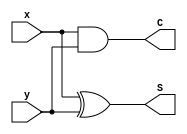
module halfAdder_gate(S, C, x, y);
  input x, y;
  output S, C;
  xor g1(S, x, y);
  and g2(C, x, y);
endmodule

module fullAdder_gate(S, C, x, y, z);
  input x, y, z;
  output S, C;
  wire S1, D1, D2;
  halfAdder_gate  HA1(S1, D1, x, y),
                  HA2(S, D2, S1, z);
  or g1(C, D1, D2);
endmodule

module _4bit_Adder_gate(S, C4, A, B, C0);
  input [3:0] A, B;
  input C0;
  output [3:0] S;
  output C4;
  wire C1, C2, C3;
  fullAdder_gate  FA1(S[0], C1, A[0], B[0], C0),
                  FA2(S[1], C2, A[1], B[1], C1),
                  FA3(S[2], C3, A[2], B[2], C2),
                  FA4(S[3], C4, A[3], B[3], C3);
endmodule

module _4bit_Adder_Sub_gate(Sum, Carry, Overflow, A, B, Select);
  input [3:0] A, B;
  input Select;
  output [3:0] Sum;
  output Carry, Overflow;
  wire C1, C2, C3;
  wire [3:0] D;
  xor 
      g1(D[0], B[0], Select),
      g2(D[1], B[1], Select),
      g3(D[2], B[2], Select),
      g4(D[3], B[3], Select);
  fullAdder_gate  FA1(Sum[0], C1, A[0], D[0], Select),
                  FA2(Sum[1], C2, A[1], D[1], C1),
                  FA3(Sum[2], C3, A[2], D[2], C2),
                  FA4(Sum[3], Carry, A[3], D[3], C3);
  xor g5(Overflow, Carry, C3);
endmodule